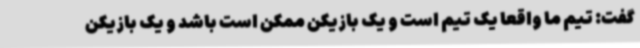
گفت: تیم ما واقعا یک تیم است و یک بازیکن ممکن است باشد و یک بازیکن